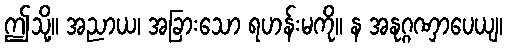
ဤသို့။ အညာယ၊ အခြားသော ရဟန်းမကို။ န အနုဂ္ဂဏှာပေယျ၊